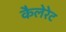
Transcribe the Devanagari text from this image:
कैलेरेट